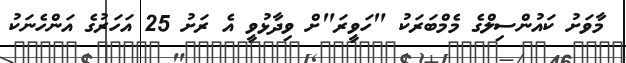
މާވަށު ކައުންސިލްގެ މެމްބަރަކު "ހަވީރަ"ށް ވިދާޅުވީ އެ ރަށު 25 އަހަރުގެ އަންހެނަކު